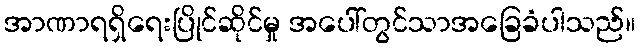
အာဏာရရှိရေးပြိုင်ဆိုင်မှု အပေါ်တွင်သာအခြေခံပါသည်။